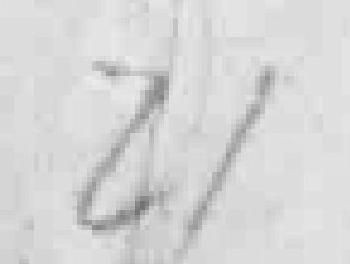
21